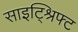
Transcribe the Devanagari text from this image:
साइट्श्रिफ्ट